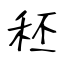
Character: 秠